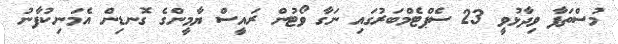
މުސްތަފާ ވިދާޅުވީ 23 ސެޕްޓެމްބަރުގައި ނަގާ ވޯޓުން ރައީސް ޔާމީންގެ ގޮނޑިން އެމަނިކުފާނު